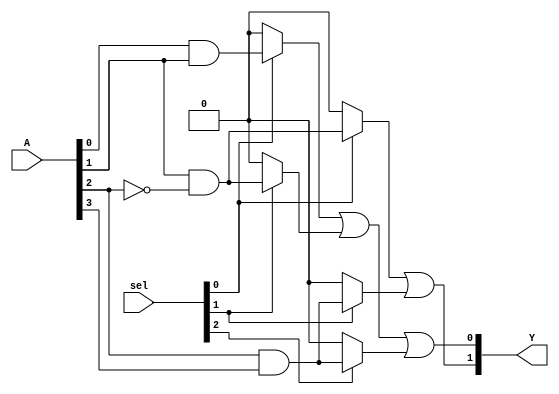
module FusedPAL (
    input wire [N-1:0] A,  // N input signals
    input wire [M-1:0] sel, // Selection signals for programmable OR gates
    output wire [P-1:0] Y   // P output signals
);

// Parameters
parameter N = 4; // Number of inputs
parameter M = 3; // Number of AND gates
parameter P = 2; // Number of outputs

// Fixed AND gates
wire [M-1:0] and_out; // Outputs from AND gates

// AND gate configurations (example)
assign and_out[0] = A[0] & A[1];          // AND gate 1: A1 AND A2
assign and_out[1] = A[1] & ~A[2];         // AND gate 2: A2 AND NOT A3
assign and_out[2] = A[2] & A[3];          // AND gate 3: A3 AND A4

// Programmable OR gates
wire [P-1:0] or_out; // Outputs from OR gates

// OR gate configurations (example)
assign or_out[0] = (sel[0] ? and_out[0] : 1'b0) |
                   (sel[1] ? and_out[1] : 1'b0) |
                   (sel[2] ? and_out[2] : 1'b0); // Output Y1

assign or_out[1] = (sel[0] ? and_out[1] : 1'b0) |
                   (sel[1] ? and_out[2] : 1'b0); // Output Y2

// Assign outputs
assign Y = or_out;

endmodule